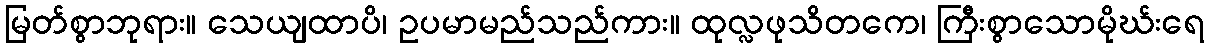
မြတ်စွာဘုရား။ သေယျထာပိ၊ ဥပမာမည်သည်ကား။ ထုလ္လဖုသိတကေ၊ ကြီးစွာသောမိုဃ်းရေ